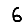
Digit: 6